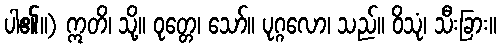
ပါ၏။) ဣတိ၊ သို့။ ဝုတ္တေ၊ သော်။ ပုဂ္ဂလော၊ သည်။ ဝိသုံ၊ သီးခြား။